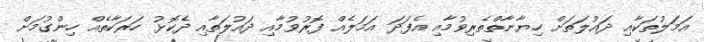
އަމަލުތަކާއި ދައުލަތަށް ހިޔާނާތްތެރިވުމާއި އެފަދަ އަމަލެއް ފޮރުވުމާއި ދައުލަތާއި ދެކޮޅު ހަރަކާތެއް ހިންގުމަށް